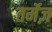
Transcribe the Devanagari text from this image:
तर्मेज़